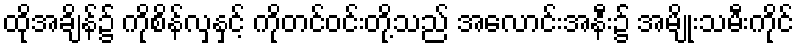
ထိုအချိန်၌ ကိုစိန်လှနှင့် ကိုတင်ဝင်းတို့သည် အလောင်းအနီး၌ အမျိုးသမီးကိုင်